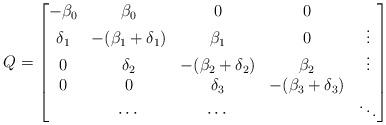
LaTeX: \begin{align*}Q = \begin{bmatrix} -\beta_0 & \beta_0 & 0 & 0 & \\ \delta_1 & -(\beta_1+\delta_1) & \beta_1 & 0 & \vdots \\ 0 & \delta_2 & -(\beta_2+\delta_2) & \beta_2 & \vdots \\ 0 & 0 & \delta_3 & -(\beta_3+\delta_3) & \\ & \cdots & \cdots & & \ddots\end{bmatrix}\end{align*}